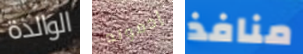
الوالدة إدموند منافذ